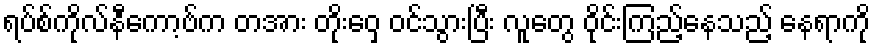
ရပ်စ်ကိုလ်နီကော့ဗ်က တအား တိုးဝှေ့ ဝင်သွားပြီး လူတွေ ဝိုင်းကြည့်နေသည့် နေရာကို